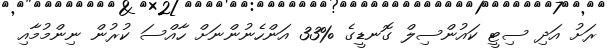
ރަށު އަދި ސިޓީ ކައުންސިލް ގޮނޑީގެ %33 އަންހެނުންނަށް ހާއްސަ ކުރުން ނިންމުމާއި